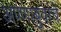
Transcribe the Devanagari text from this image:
अण्णाबुवांचे